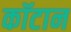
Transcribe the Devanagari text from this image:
कॉटान